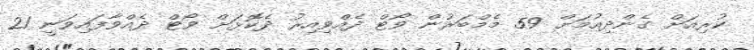
ކުރިއަށް ގެންދިއުމަށް 59 މެމްބަރުން ވޯޓް ދެއްވިއިރު ދެކޮޅަށް ވޯޓް ދެއްވާފައިވަނީ 21